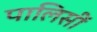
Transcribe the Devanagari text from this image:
पालिसीं